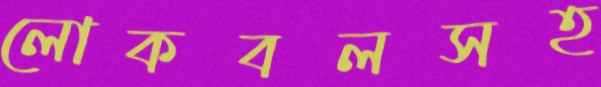
লোকবলসহ